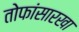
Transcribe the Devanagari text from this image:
तोफांसारखा